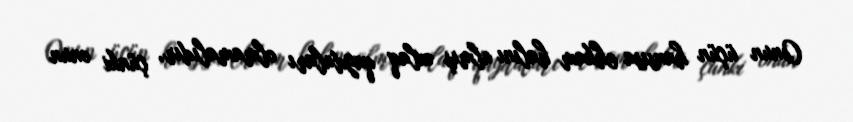
Onun üçün hansısa ehkam halını almış əxlaq qaydaları olmamalıdır, çünki onun